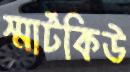
স্মার্টকিউ